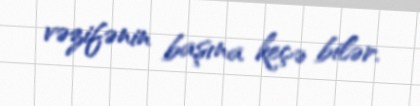
vəzifənin başına keçə bilər.